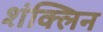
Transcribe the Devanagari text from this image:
शंक्लिन